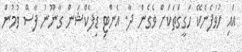
އައި ހުވަފެނެކޭ ހަގީގަތަކަށް ވެގެން ދާ. އެންޓި ޑިފެކްޝަން ގާނޫނު ފާސް ވުމުން